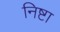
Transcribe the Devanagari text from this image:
निष्टा